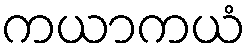
ကယာကယံ